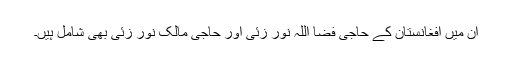
ان میں افغانستان کے حاجی فضا اللہ نور زئی اور حاجی مالک نور زئی بھی شامل ہیں۔